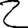
Digit: 2